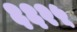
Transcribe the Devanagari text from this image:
६६२५